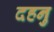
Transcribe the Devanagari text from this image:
दहनु